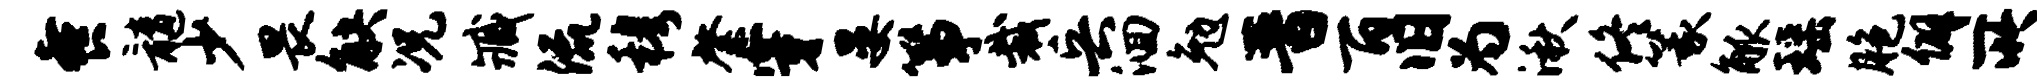
餐髓少畏觖况臧流穆綮穿晏筝裁兵洄勉晋百旧为湫佟篆觚瑶胞僻所